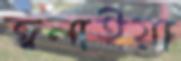
জ্বলাইয়া